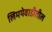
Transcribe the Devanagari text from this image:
लिमयेवाडीतील